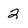
Character: 2